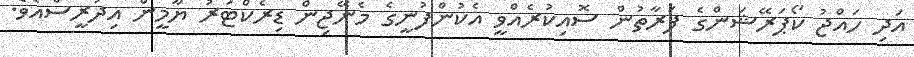
އަދި ހައްޖު ކޯޕަރޭޝަންގެ ފަރާތުން ސޮއިކުރެއްވީ އެކުންފުނީގެ މެނޭޖިން ޑިރެކްޓަރު ޔާމީން އިދުރީސްއެވެ.